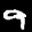
Label: 9